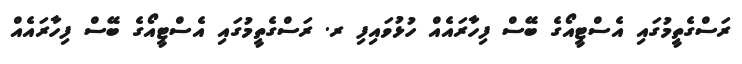
ރަސްގެތީމުގައި އެސްޓީއޯގެ ބޭސް ފިހާރައެއް ހުޅުވައިފި ރ. ރަސްގެތީމުގައި އެސްޓީއޯގެ ބޭސް ފިހާރައެއް